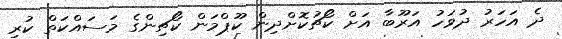
ދެ އަހަރު ދުވަހު އަރޫބާ އަށް ކޯޗުކޮށްދިން ކޫޕްމަން ކޯޗިންގެ މަސައްކަތް ކުރި